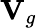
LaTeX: \mathbf{V}_{g}